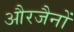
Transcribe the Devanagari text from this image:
औरजैनों